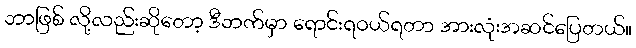
ဘာဖြစ် လို့လည်းဆိုတော့ ဒီဘက်မှာ ရောင်းရဝယ်ရတာ အားလုံးအဆင်ပြေတယ်။